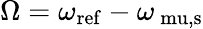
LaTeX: \Omega=\omega_{\mathrm{ref}}-\omega_{\mathrm{\ mu,s}}